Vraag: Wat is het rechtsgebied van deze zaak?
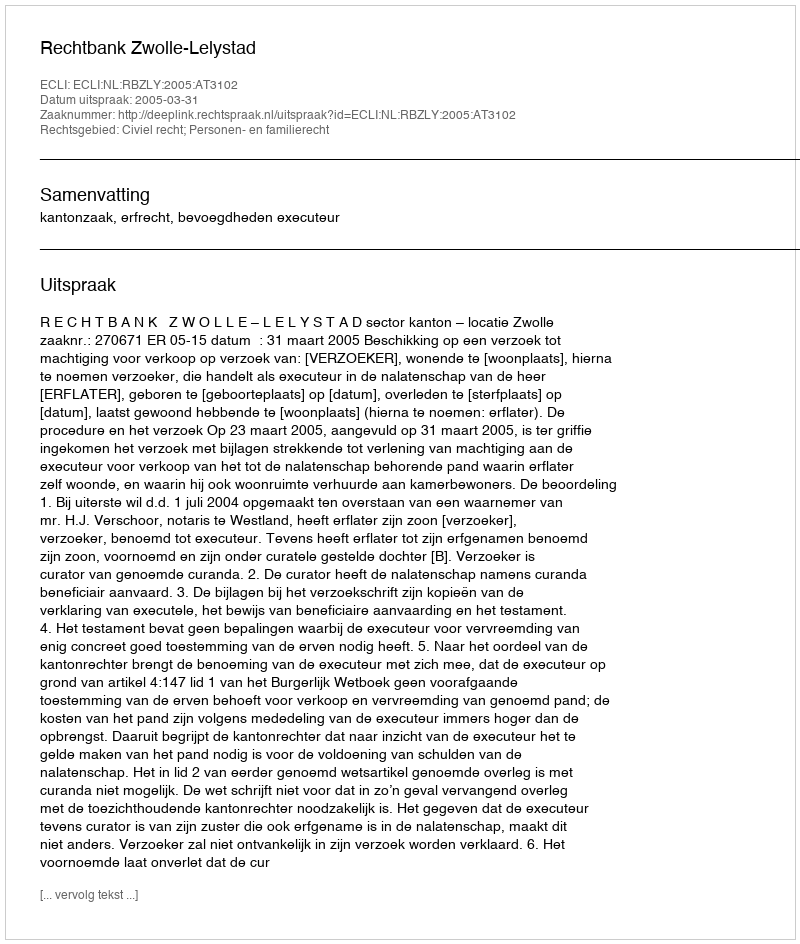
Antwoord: Civiel recht; Personen- en familierecht